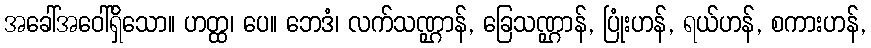
အခေါ်အဝေါ်ရှိသော။ ဟတ္ထ၊ ပေ။ ဘေဒံ၊ လက်သဏ္ဌာန်, ခြေသဏ္ဌာန်, ပြုံးဟန်, ရယ်ဟန်, စကားဟန်,